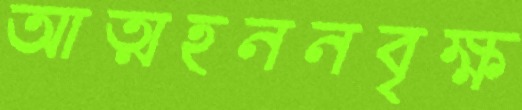
আত্মহননবৃক্ষ